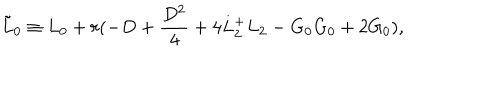
\tilde { L } _ { 0 } \equiv L _ { 0 } + r ( - D + \frac { D ^ { 2 } } { 4 } + 4 L _ { 2 } ^ { + } L _ { 2 } - G _ { 0 } G _ { 0 } + 2 G _ { 0 } ) ,